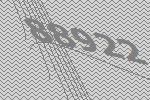
88922